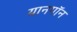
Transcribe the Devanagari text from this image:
यानगॉन